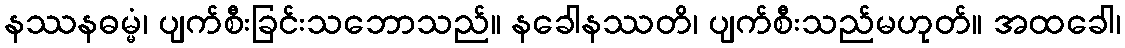
နဿနဓမ္မံ၊ ပျက်စီးခြင်းသဘောသည်။ နခေါနဿတိ၊ ပျက်စီးသည်မဟုတ်။ အထခေါ၊